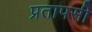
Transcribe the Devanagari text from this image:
प्रतापसी